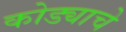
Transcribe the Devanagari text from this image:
कोड्याचे